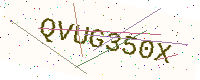
Text: QVUG350X